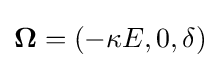
\mathbf {\Omega } =(-\kappa E,0,\delta )